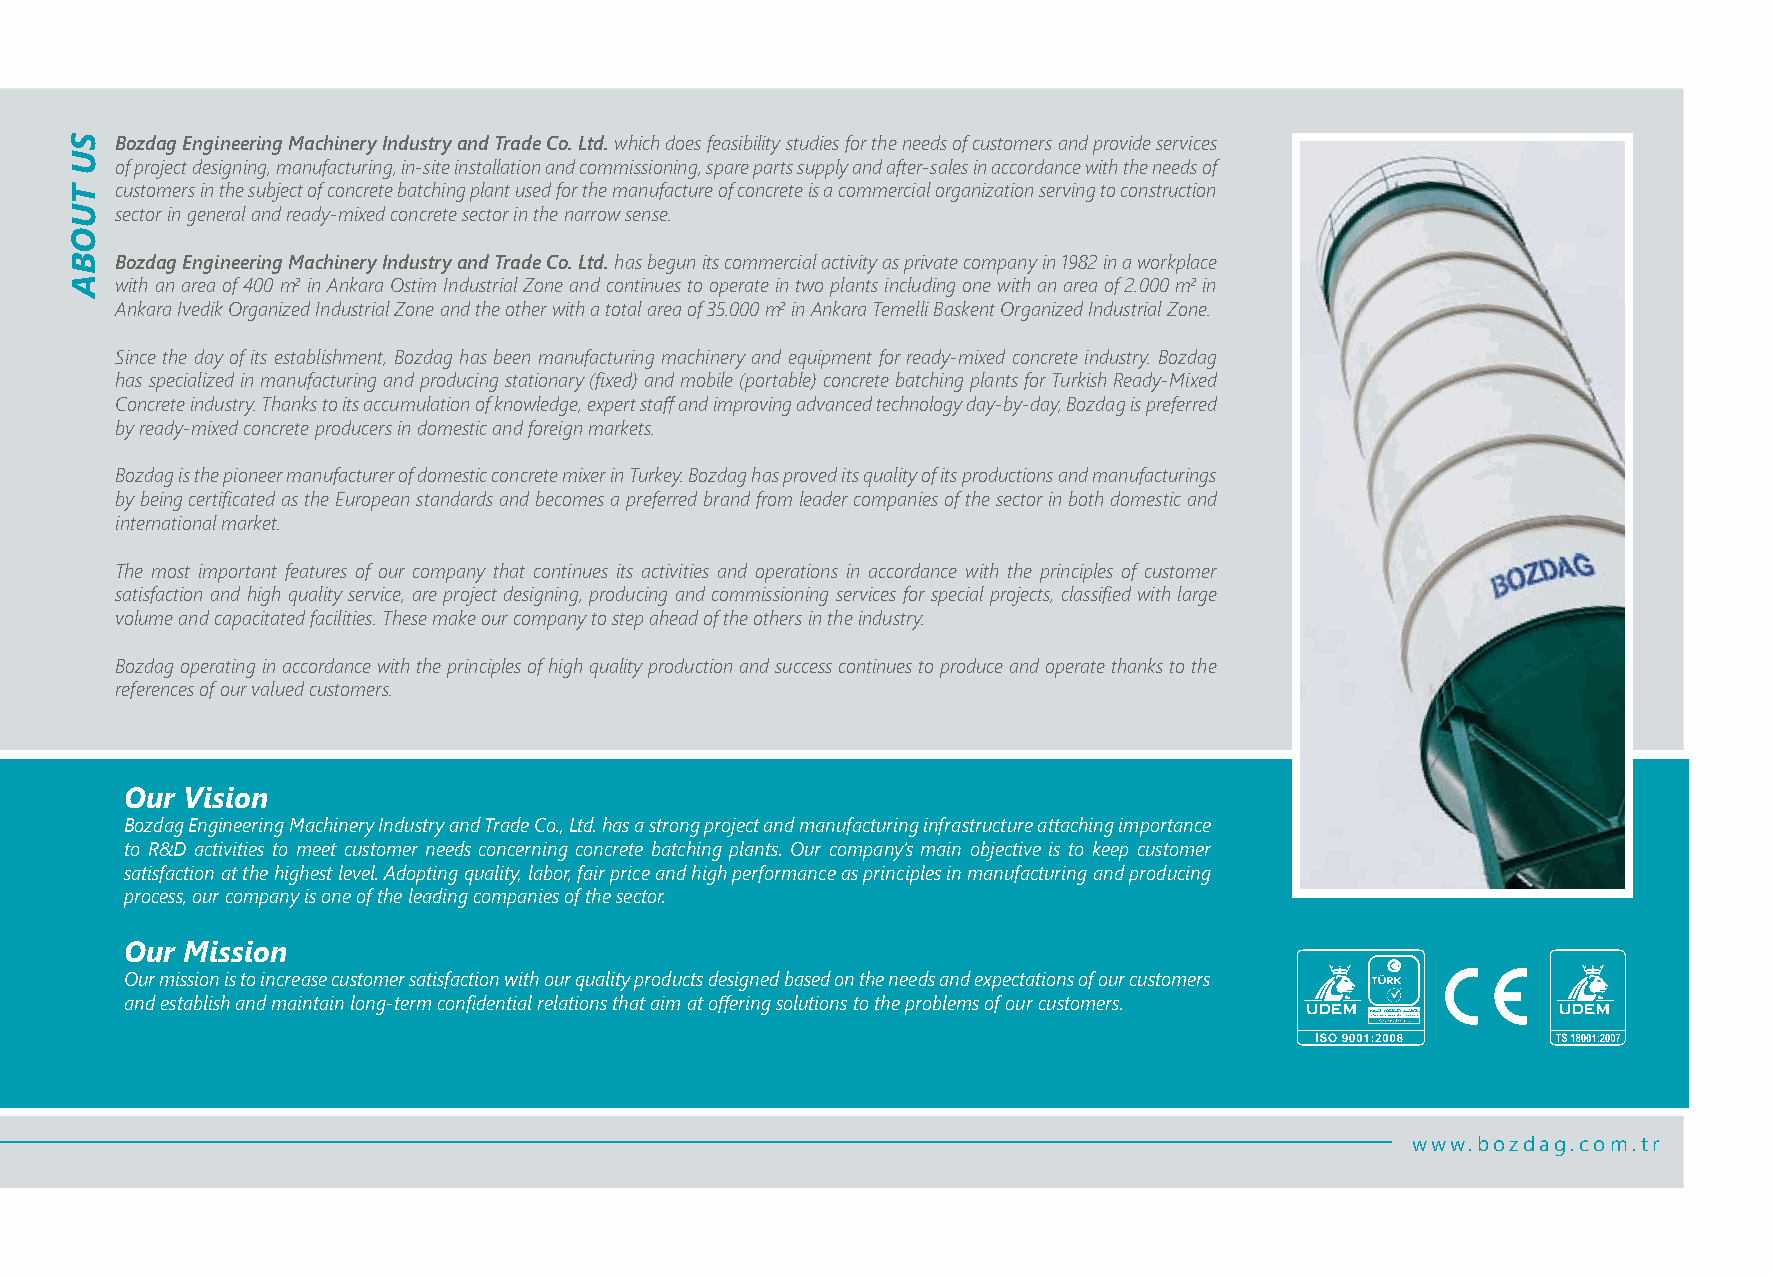
Bozdag Engineering Machinery Industry and Trade Co. Ltd. which does feasibility studies for the needs of customers and provide services
 of project designing, manufacturing, in-site installation and commissioning, spare parts supply and after-sales in accordance with the needs of
 customers in the subject of concrete batching plant used for the manufacture of concrete is a commercial organization serving to construction
 sector in general and ready-mixed concrete sector in the narrow sense.
 Bozdag Engineering Machinery Industry and Trade Co. Ltd. has begun its commercial activity as private company in 1982 in a workplace
 with an area of 400 m2 in Ankara Ostim Industrial Zone and continues to operate in two plants including one with an area of 2.000 m2 in
 Ankara Ivedik Organized Industrial Zone and the other with a total area of 35.000 m2 in Ankara Temelli Baskent Organized Industrial Zone.
 Since the day of its establishment, Bozdag has been manufacturing machinery and equipment for ready-mixed concrete industry. Bozdag
 has specialized in manufacturing and producing stationary (fixed) and mobile (portable) concrete batching plants for Turkish Ready-Mixed
 Concrete industry. Thanks to its accumulation of knowledge, expert staff and improving advanced technology day-by-day, Bozdag is preferred
 by ready-mixed concrete producers in domestic and foreign markets.
 Bozdag is the pioneer manufacturer of domestic concrete mixer in Turkey. Bozdag has proved its quality of its productions and manufacturings
 by being certificated as the European standards and becomes a preferred brand from leader companies of the sector in both domestic and
 international market.
 The most important features of our company that continues its activities and operations in accordance with the principles of customer
 satisfaction and high quality service, are project designing, producing and commissioning services for special projects, classified with large
 volume and capacitated facilities. These make our company to step ahead of the others in the industry.
 Bozdag operating in accordance with the principles of high quality production and success continues to produce and operate thanks to the
 references of our valued customers.
 Our Vision
 Bozdag Engineering Machinery Industry and Trade Co., Ltd. has a strong project and manufacturing infrastructure attaching importance
 to R&D activities to meet customer needs concerning concrete batching plants. Our company’s main objective is to keep customer
 satisfaction at the highest level. Adopting quality, labor, fair price and high performance as principles in manufacturing and producing
 process, our company is one of the leading companies of the sector.
 Our Mission
 Our mission is to increase customer satisfaction with our quality products designed based on the needs and expectations of our customers
 and establish and maintain long-term confidential relations that aim at offering solutions to the problems of our customers.
 www.bozdag.com.tr
 SU
 TUOBA